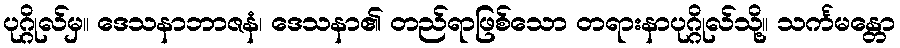
ပုဂ္ဂိုလ်မှ။ ဒေသနာဘာဇနံ၊ ဒေသနာ၏ တည်ရာဖြစ်သော တရားနာပုဂ္ဂိုလ်သို့။ သင်္ကမန္တော